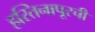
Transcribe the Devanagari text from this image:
हस्तिनापूरची